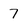
Character: 7